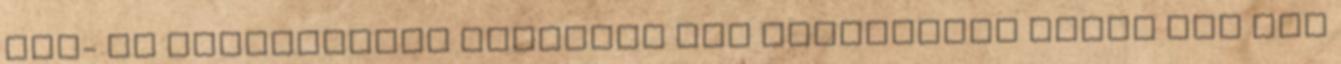
bor- és dohánygőzös levegőjű kis kocsmákról senki úgy nem